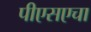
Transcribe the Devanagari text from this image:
पीएसएचा